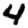
Digit: 4